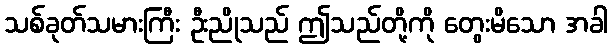
သစ်ခုတ်သမားကြီး ဦးညိုသည် ဤသည်တို့ကို တွေးမိသော အခါ